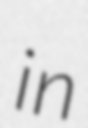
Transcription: in